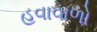
હવાવાળો